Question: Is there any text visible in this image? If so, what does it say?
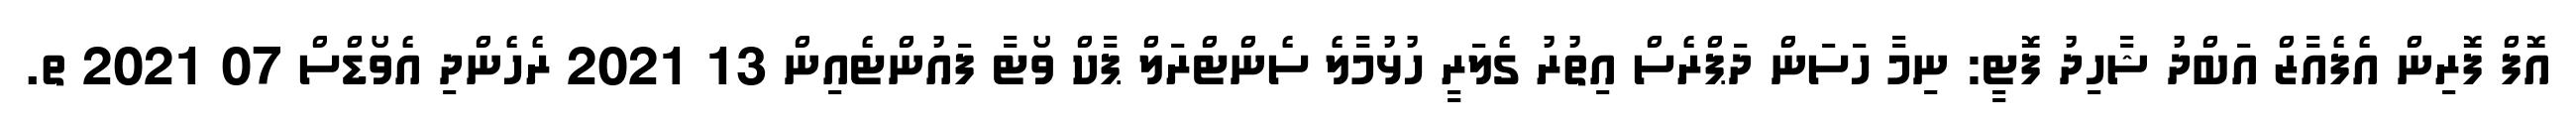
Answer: އޮފް ފޮރިން އެފެއާޒް އަބްދު ޝާހިދު ފޮޓީ: ނިމާ ހަސަން ދަޕްރެސް އިތުރު ގެލަރީ ހުޅުމާލެ ސެންޓްރަލް ޕާކް ވޯޓާ ފައުންޓެއިން 13 2021 ރެހެންދި އެވޯޑްސް 07 2021 ތ.